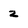
Character: 2